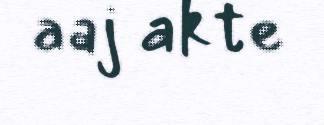
aaj akte